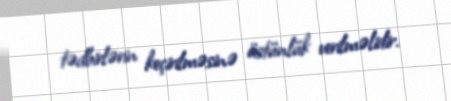
tədbirlərin keçirilməsinə üstünlük verilməlidir.